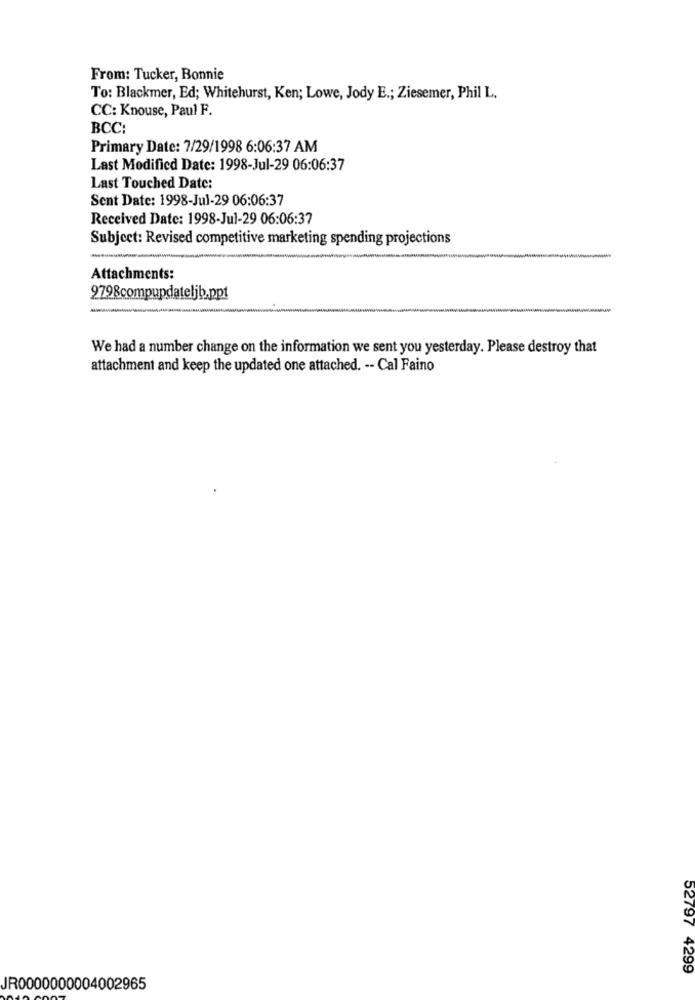
From: Tucker, Bonnie
To: Blackmer, Ed; Whitehurst, Ken; Lowe, Jody E .; Ziesemer, Phil L.
CC: Knouse, Paul F.
BCC:
Primary Date: 7/29/1998 6:06:37 AM
Last Modified Date: 1998-Jul-29 06:06:37
Last Touched Date:
Sent Date: 1998-Jul-29 06:06:37
Received Date: 1998-Jul-29 06:06:37
Subject: Revised competitive marketing spending projections
Attachments:
9798compupdateljb.ppt
-
We had a number change on the information we sent you yesterday. Please destroy that
attachment and keep the updated one attached. -- Cal Faino
52797 4299
JR0000000004002965